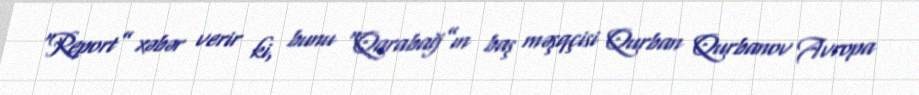
“Report” xəbər verir ki, bunu “Qarabağ”ın baş məşqçisi Qurban Qurbanov Avropa